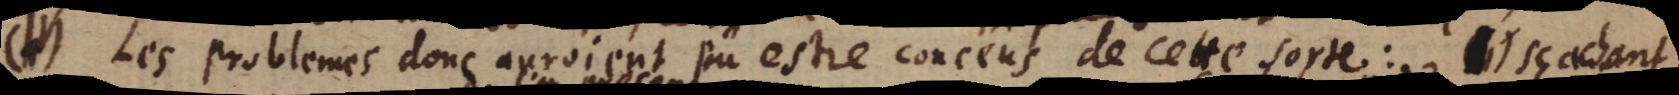
(IV) Les problemes donc auroient pû estre conceûs de cette sorte: (1) Sçachant